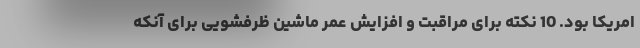
امریکا بود. 10 نکته برای مراقبت و افزایش عمر ماشین ظرفشویی برای آنکه